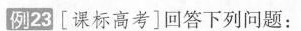
例23[课标高考]回答下列问题：